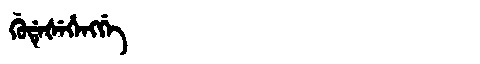
Manchu: ᡤᡠᡩᡝᡧᡝᡥᡝᠩᡤᡝ
Romanization: GUDEŠEHENGGE